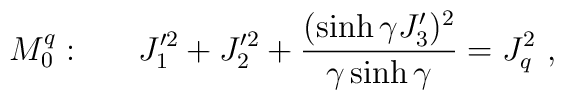
M_0^q:~~~~~J_{1}^{\prime 2}+J_{2}^{\prime 2}+\displaystyle\frac{(\sinh\gamma J_{3}^\prime)^{2}}    {\gamma \sinh\gamma}=J_q^{2}~,